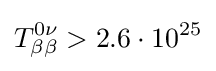
T_{\beta \beta }^{0\nu }>2.6\cdot 10^{25}